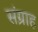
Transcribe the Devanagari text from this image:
संग्राह